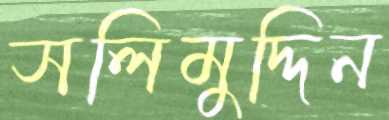
সলিমুদ্দিন